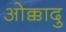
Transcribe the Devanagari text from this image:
ओक्कादु